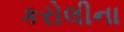
કરોલીના